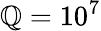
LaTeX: \mathbb{Q}=10^{7}